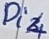
Text: Di4